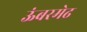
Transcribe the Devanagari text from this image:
ऊंबरमेढ